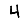
Digit: 4